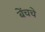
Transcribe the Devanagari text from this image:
बेंचचे